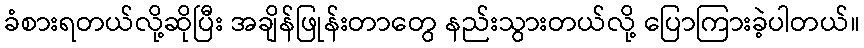
ခံစားရတယ်လို့ဆိုပြီး အချိန်ဖြုန်းတာတွေ နည်းသွားတယ်လို့ ပြောကြားခဲ့ပါတယ်။